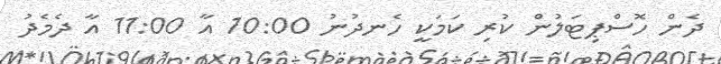
ދެން ހޮސްޕިޓަލުން ކުރި ކަމަކީ ހެނދުނު 10:00 އާ 11:00 އާ ދެމެދު